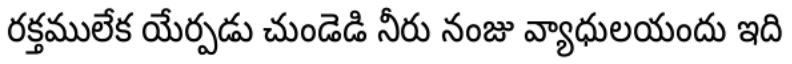
రక్తములేక యేర్పడు చుండెడి నీరు నంజు వ్యాధులయందు ఇది